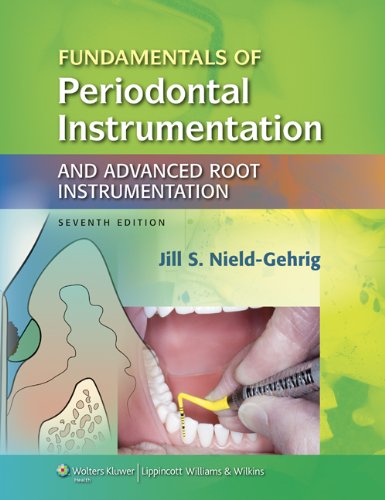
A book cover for Fundamentals of Periodontal Instrumentation and Advanced Root Instrumentation; Jill S Nield-Gehrig RDH  MA; Medical Books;